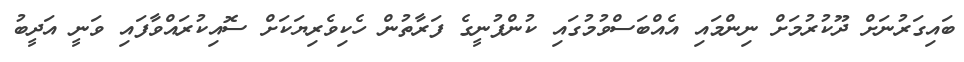
ބައިގަރުނަށް ދޫކުރުމަށް ނިންމައި އެއްބަސްވުމުގައި ކުންފުނީގެ ފަރާތުން ހެކިވެރިޔަކަށް ސޮއިކުރައްވާފައި ވަނީ އަދީބު